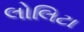
લોલિટા